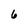
Character: 6